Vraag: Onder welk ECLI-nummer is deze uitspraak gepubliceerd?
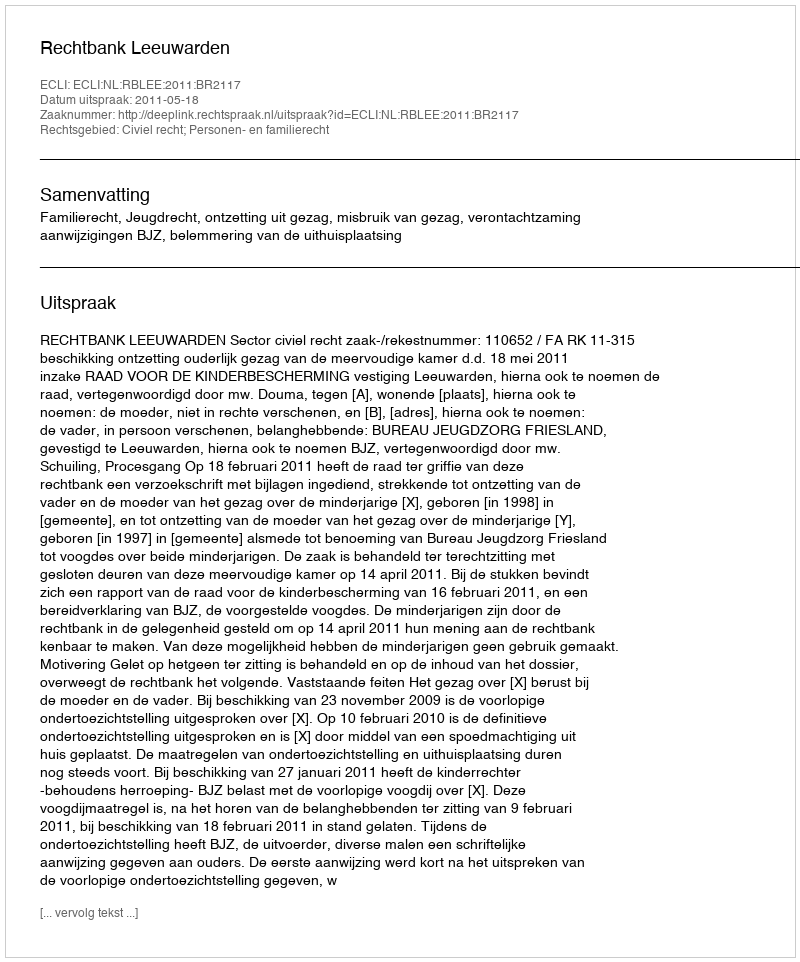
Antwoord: ECLI:NL:RBLEE:2011:BR2117